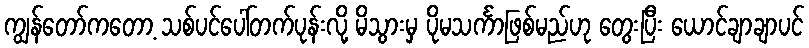
ကျွန်တော်ကတော့ သစ်ပင်ပေါ်တက်ပုန်းလို့ မိသွားမှ ပိုမသင်္ကာဖြစ်မည်ဟု တွေးပြီး ယောင်ချာချာပင်